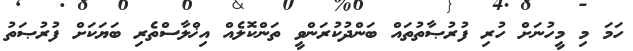
ހަމަ މި މީހުނަށް ހުރި ފުރުޞާތުތައް ބަންދުކުރަންވީ ތަންކޮލެއް އިޚްލާސްތެރި ބަޔަކަށް ފުރުޞަތު